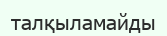
талқыламайды